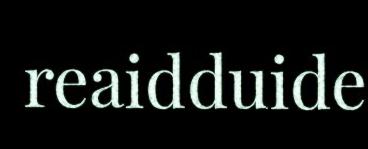
reaidduide